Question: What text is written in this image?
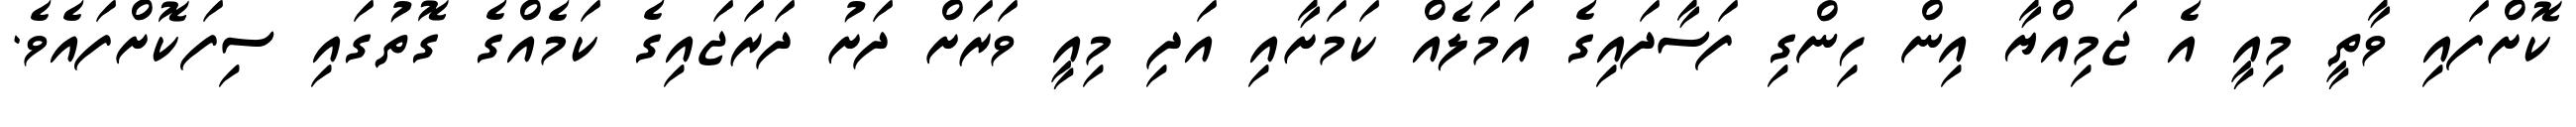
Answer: ކޮށްފައި ވާތީ މިއީ އެ ޖަމިއްޔާ އިން ހިންގި ފަސާދައިގެ އަމަލެއް ކަމަށާއި އަދި މިއީ ވަރަށް ދަށު ދަރަޖައިގެ ކަމެއްގެ ގޮތުގައި ސިފަކޮށްފައެވެ.